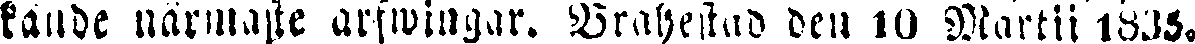
kände närmaste arfwingar. Brahestad den 10 Martii 1835.